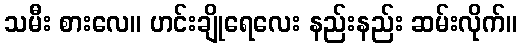
သမီး စားလေ။ ဟင်းချိုရေလေး နည်းနည်း ဆမ်းလိုက်။